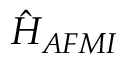
\hat { H } _ { A F M I }